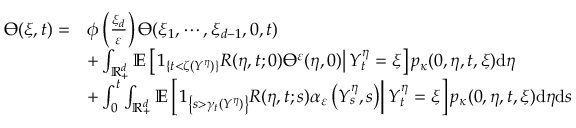
\begin{array} { r l } { \varTheta ( \xi , t ) = } & { \phi \left( \frac { \xi _ { d } } { \varepsilon } \right) \varTheta ( \xi _ { 1 } , \cdots , \xi _ { d - 1 } , 0 , t ) } \\ & { + \int _ { \mathbb { R } _ { + } ^ { d } } \mathbb { E } \left[ \left. 1 _ { \{ t < \zeta ( Y ^ { \eta } ) \} } R ( \eta , t ; 0 ) \varTheta ^ { \varepsilon } ( \eta , 0 ) \right| Y _ { t } ^ { \eta } = \xi \right] p _ { \kappa } ( 0 , \eta , t , \xi ) \mathrm { d } \eta } \\ & { + \int _ { 0 } ^ { t } \int _ { \mathbb { R } _ { + } ^ { d } } \mathbb { E } \left[ \left. 1 _ { \left\{ s > \gamma _ { t } ( Y ^ { \eta } ) \right\} } R ( \eta , t ; s ) \alpha _ { \varepsilon } \left( Y _ { s } ^ { \eta } , s \right) \right| Y _ { t } ^ { \eta } = \xi \right] p _ { \kappa } ( 0 , \eta , t , \xi ) \mathrm { d } \eta \mathrm { d } s } \end{array}